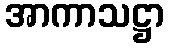
အာကာသဋ္ဌာ